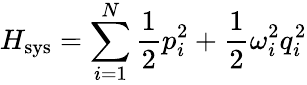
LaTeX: H_{\mathrm{sys}}=\sum_{i=1}^{N}{\frac{1}{2}}p_{i}^{2}+{\frac{1}{2}}\omega_{i}^{2}q_{i}^{2}